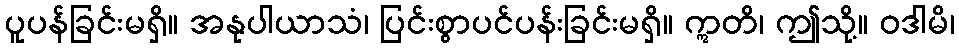
ပူပန်ခြင်းမရှိ။ အနုပါယာသံ၊ ပြင်းစွာပင်ပန်းခြင်းမရှိ။ ဣတိ၊ ဤသို့။ ဝဒါမိ၊